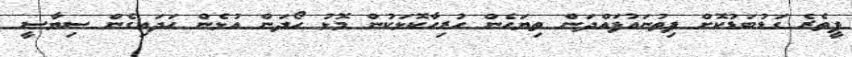
ޕީތެރެ ގަޑުބަޑުކޮށް ފިތުނައުފައްދަން ތިޔަހެން ހުރިހާކޮޅަކުން މޮޅު ހޯދަން އުޅެން ހަދައިގެން ސިޔާސީ